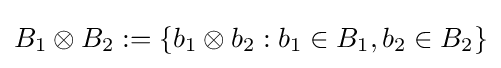
B_{1}\otimes B_{2}:=\{b_{1}\otimes b_{2}:b_{1}\in B_{1},b_{2}\in B_{2}\}